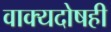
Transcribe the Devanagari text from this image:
वाक्यदोषही